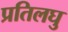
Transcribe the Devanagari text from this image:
प्रतिलघु